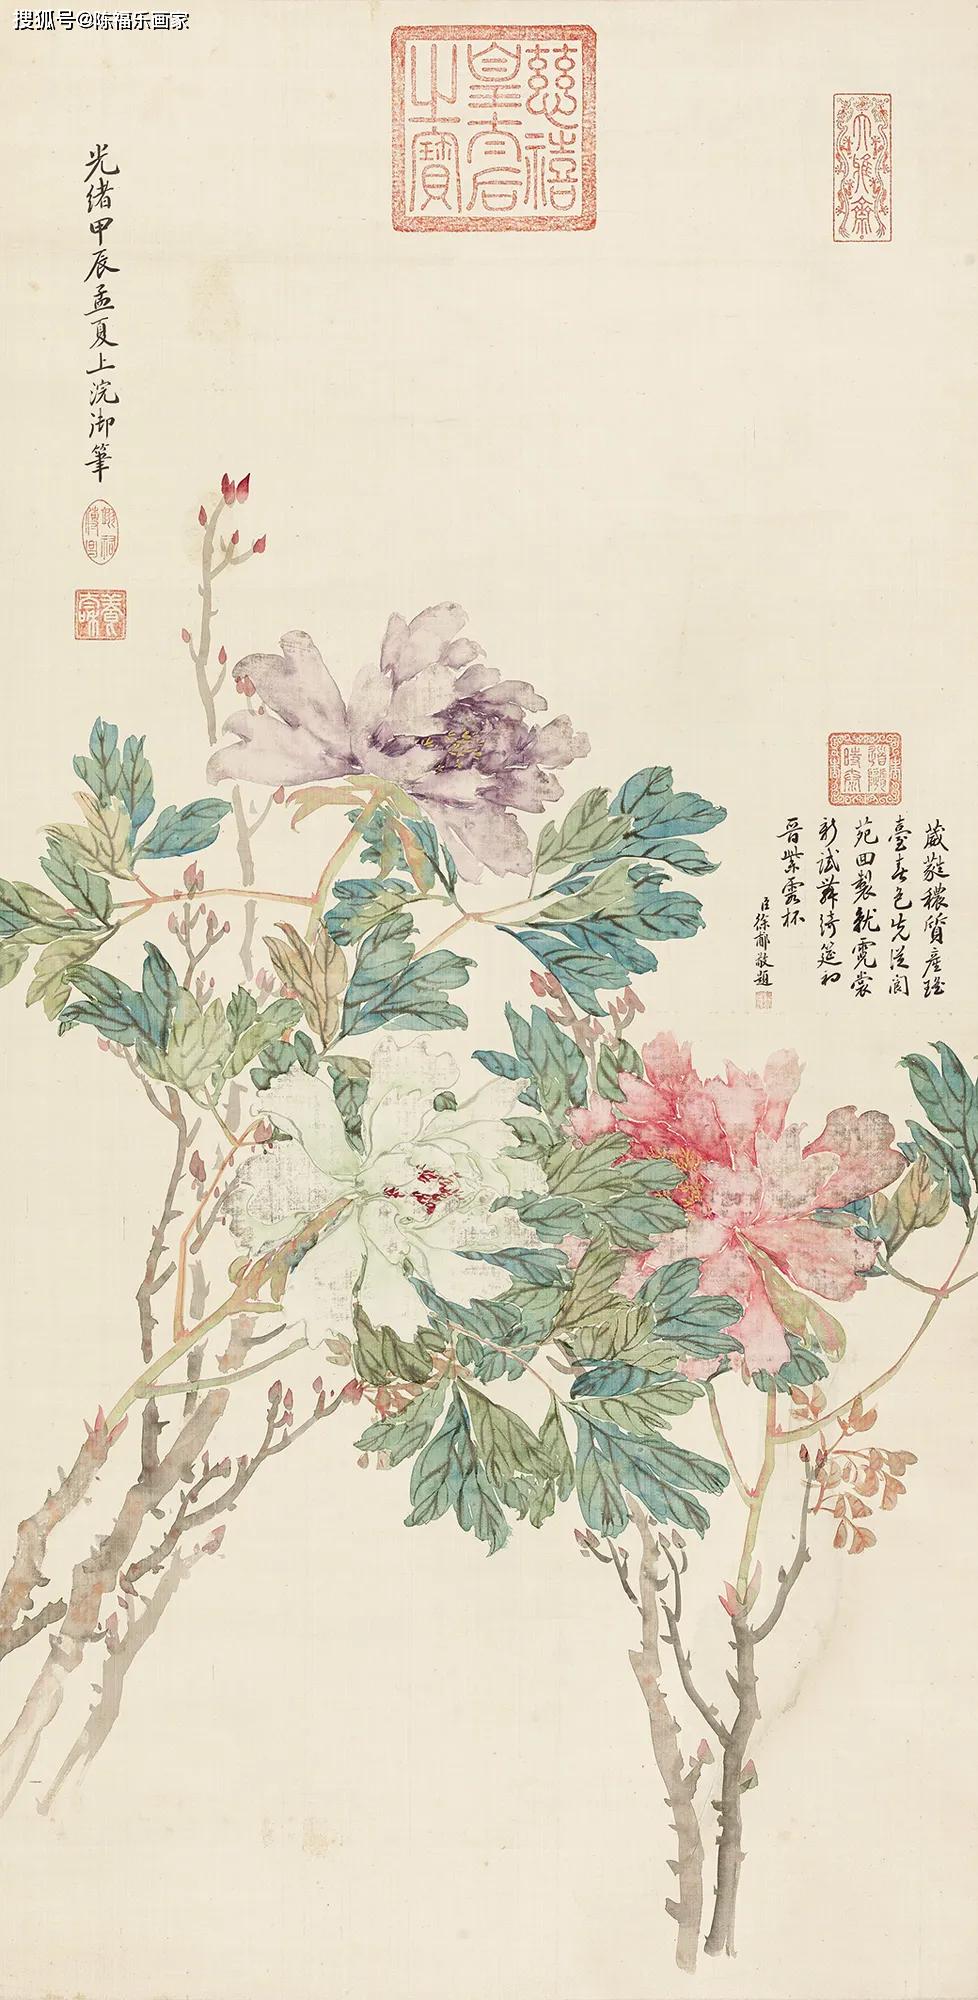
凭高远望，见家乡只在白云深处。